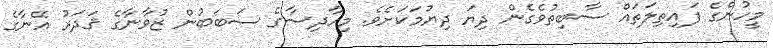
މީހުންގެ ފައިތިލަތައް ސާބިތުވެގެން ދިޔަ ދިޔުމަކަށެވެ. މިހާދިސާގެ ސަބަބުން ޒުވާނާގެ ޤަދަރު އޭނާގެ